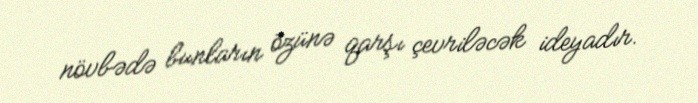
növbədə bunların özünə qarşı çevriləcək ideyadır.